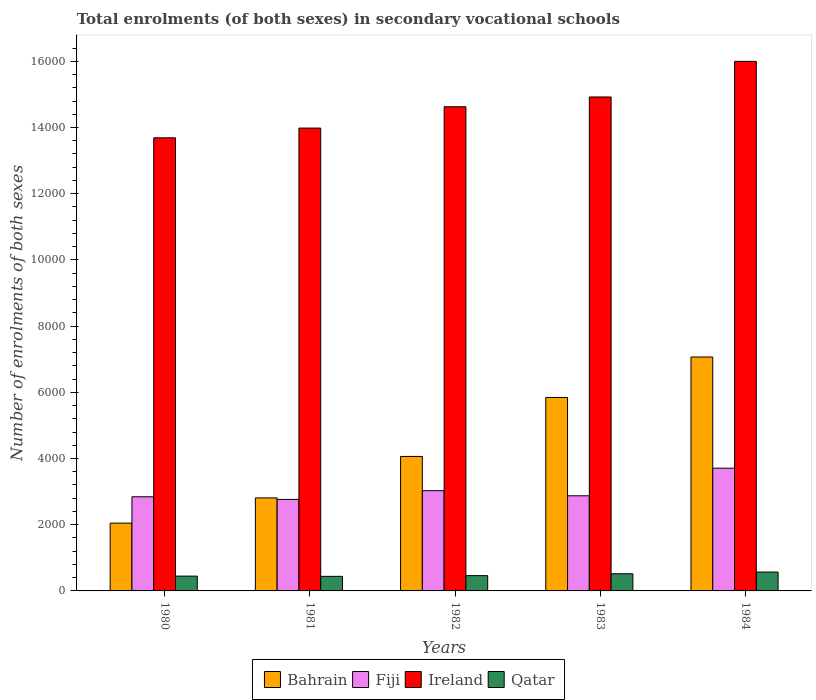
| Years | Bahrain | Fiji | Ireland | Qatar |
 | --- | --- | --- | --- | --- |
 | 1980 | 2.05e+03 | 2.84e+03 | 1.37e+04 | 447 |
 | 1981 | 2.81e+03 | 2.76e+03 | 1.4e+04 | 440 |
 | 1982 | 4.06e+03 | 3.03e+03 | 1.46e+04 | 462 |
 | 1983 | 5.84e+03 | 2.87e+03 | 1.49e+04 | 518 |
 | 1984 | 7.07e+03 | 3.71e+03 | 1.6e+04 | 570 |